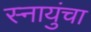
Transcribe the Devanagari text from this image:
स्नायुंचा